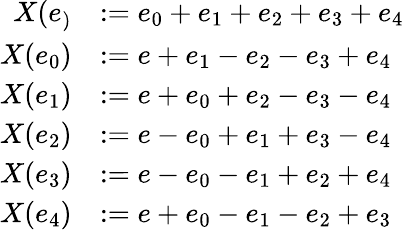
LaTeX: \begin{array}{rl}{X(e_)}&{:=e_{0}+e_{1}+e_{2}+e_{3}+e_{4}}\\ {X(e_{0})}&{:=e+e_{1}-e_{2}-e_{3}+e_{4}}\\ {X(e_{1})}&{:=e+e_{0}+e_{2}-e_{3}-e_{4}}\\ {X(e_{2})}&{:=e-e_{0}+e_{1}+e_{3}-e_{4}}\\ {X(e_{3})}&{:=e-e_{0}-e_{1}+e_{2}+e_{4}}\\ {X(e_{4})}&{:=e+e_{0}-e_{1}-e_{2}+e_{3}}\end{array}